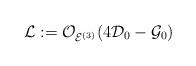
LaTeX: \begin{align*}\mathcal L:=\mathcal O_{\mathcal E^{(3)}}(4\mathcal D_0-\mathcal G_0)\end{align*}